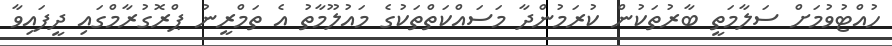
ހުއްޓުވުމަށް ސަލާމަތީ ބާރުތަކުން ކުރަމުންދާ މަސައްކަތްތަކުގެ މައުލޫމާތު އެ ތަމްރީނު ޕްރޮގުރާމްގައި ދީފައިވާ